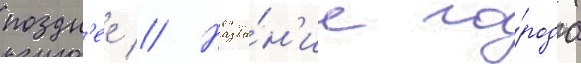
поздн'ее // Назва́н'ие го́рода